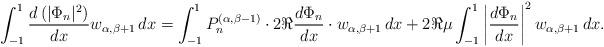
LaTeX: \begin{align*} \int_{-1}^1\frac {d\left(|\Phi_n|^2\right)}{dx} w_{\alpha,\beta+1}\,dx = \int_{-1}^1 P_n^{(\alpha,\beta-1)}\cdot 2\Re\dfrac{d\Phi_n}{dx}\cdot w_{\alpha,\beta+1}\,dx + 2\Re \mu \int_{-1}^1\left|\dfrac{d\Phi_n}{dx}\right|^2w_{\alpha,\beta+1}\, dx. \end{align*}